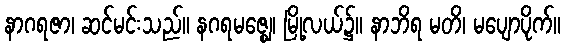
နာဂရဇာ၊ ဆင်မင်းသည်။ နဂရမဇ္ဈေ၊ မြို့လယ်၌။ နာဘိရ မတိ၊ မပျောပိုက်။